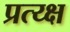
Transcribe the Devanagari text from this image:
प्रत्य्क्ष